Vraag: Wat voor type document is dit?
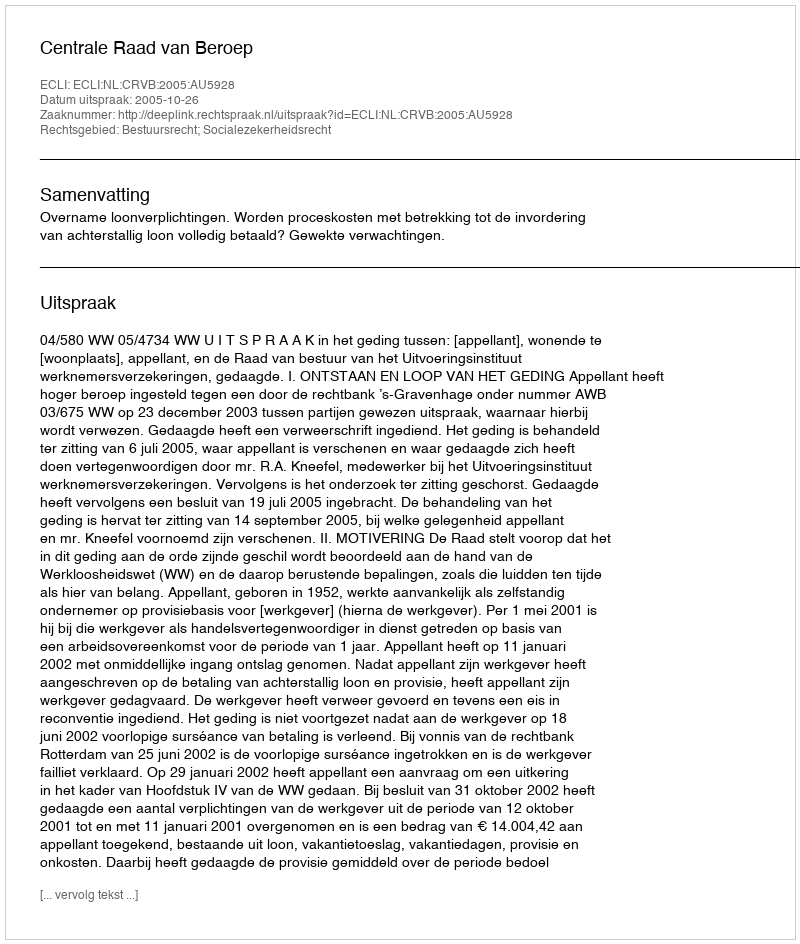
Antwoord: Uitspraak